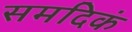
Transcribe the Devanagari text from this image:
समदिकं